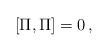
LaTeX: \begin{align*} [\Pi,\Pi]=0\,, \end{align*}